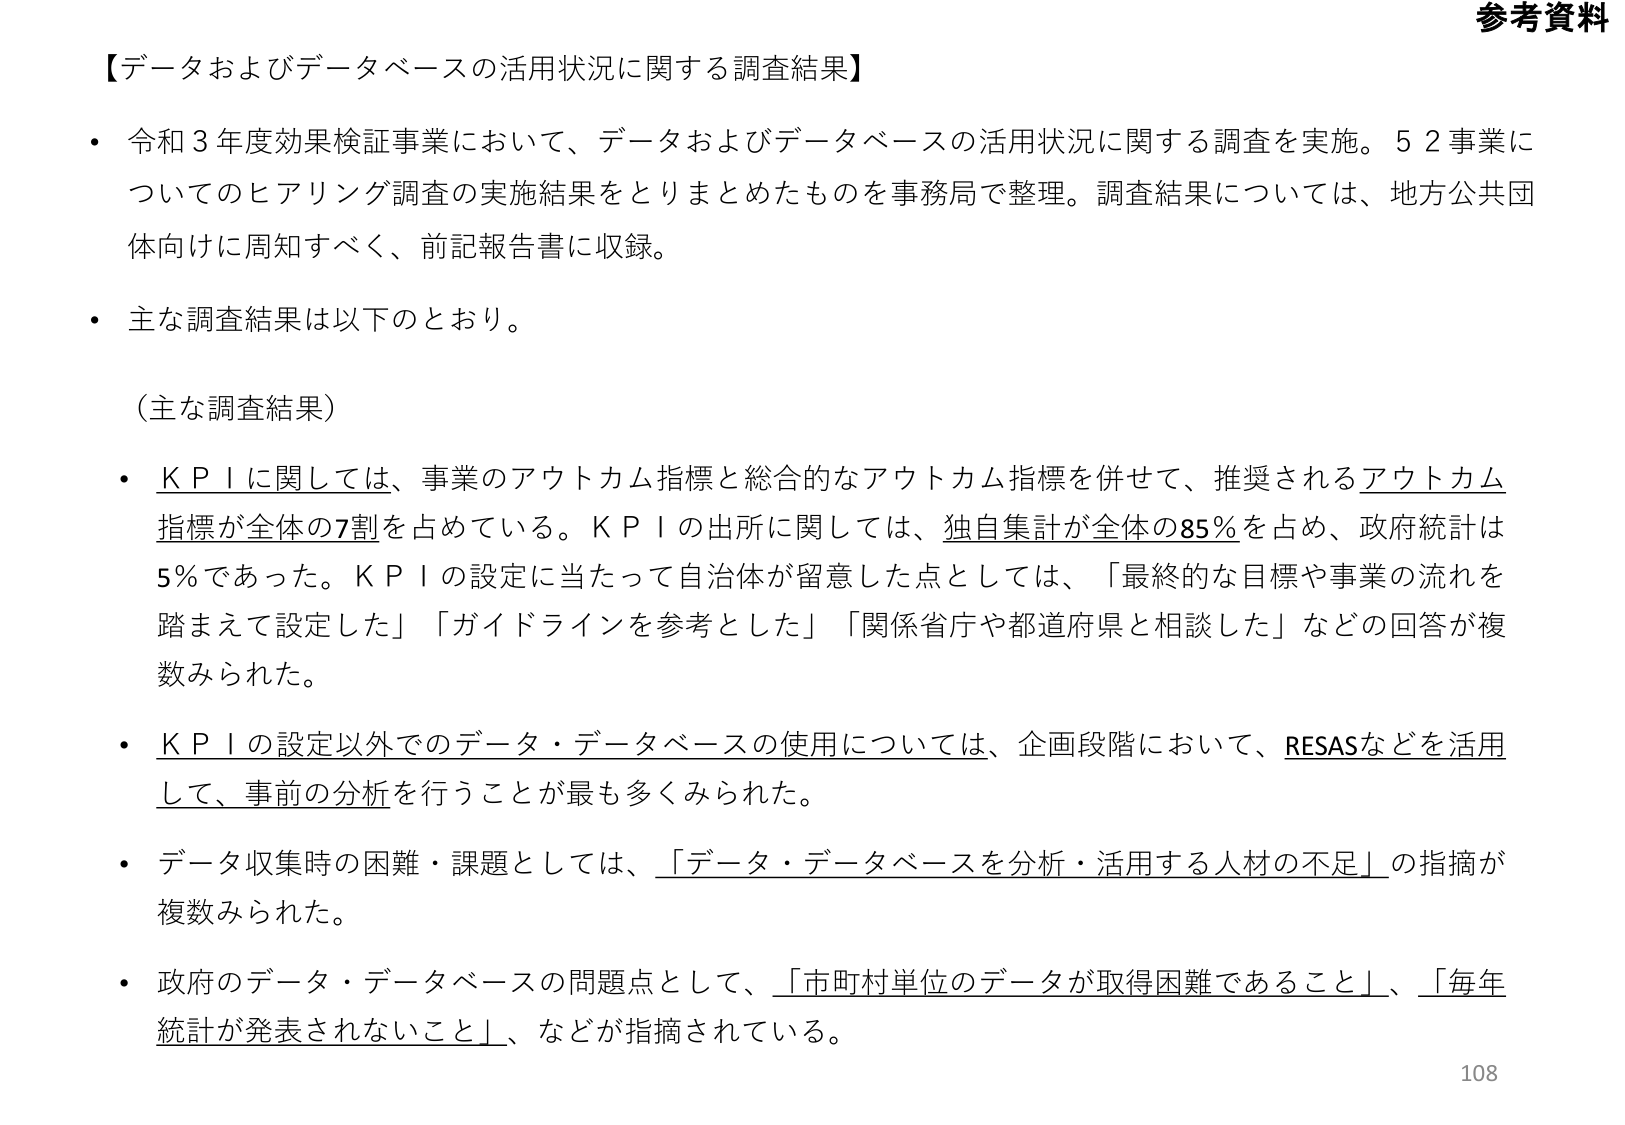
参考資料

【データおよびデータベースの活用状況に関する調査結果】

・令和３年度効果検証事業において、データおよびデータベースの活用状況に関する調査を実施。５２事業についてのヒアリング調査の実施結果をとりまとめたものを事務局で整理。調査結果については、地方公共団体向けに周知すべく、前記報告書に収録。

・主な調査結果は以下のとおり。

（主な調査結果）

・ＫＰＩに関しては、事業のアウトカム指標と総合的なアウトカム指標を併せて、推奨されるアウトカム指標が全体の７割を占めている。ＫＰＩの出所に関しては、独自集計が全体の８５％を占め、政府統計は５％であった。ＫＰＩの設定に当たって自治体が留意した点としては、「最終的な目標や事業の流れを踏まえて設定した」「ガイドラインを参考とした」「関係省庁や都道府県と相談した」などの回答が複数みられた。

・ＫＰＩの設定以外でのデータ・データベースの使用については、企画段階において、RESASなどを活用して、事前の分析を行うことが最も多くみられた。

・データ収集時の困難・課題としては、「データ・データベースを分析・活用する人材の不足」の指摘が複数みられた。

・政府のデータ・データベースの問題点として、「市町村単位のデータが取得困難であること」、「毎年統計が発表されないこと」、などが指摘されている。

108